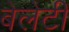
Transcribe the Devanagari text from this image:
बेलेटी